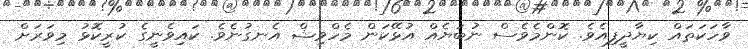
ވާހަކަތައް ކިޔާދީފިއެވެ. ކޮންމެވެސް ނުބަޔެއް އުޅޭކަން މެހްވިޝް އެނގުނެވެ. ކައިވެނީގެ ކުރީކޮޅު މިވަރަށް